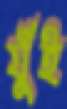
যুঁই